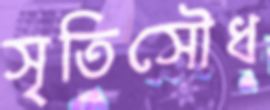
সৃতিসৌধ